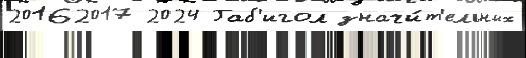
20162017 2024 Габ'игол значи́т'ельных